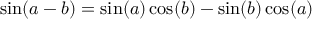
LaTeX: \ \sin ( a - b ) = \sin ( a ) \cos ( b ) - \sin ( b ) \cos ( a )